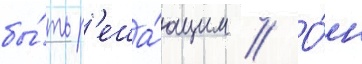
бы́ть р'еша́ющим // О́н